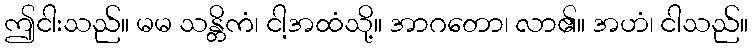
ဤငါးသည်။ မမ သန္တိကံ၊ ငါ့အထံသို့။ အာဂတော၊ လာ၏။ အဟံ၊ ငါသည်။